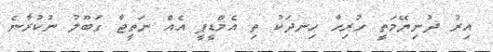
އިރު ދުނިޔޭމަތީ ހުރިހާ ހިނދަކު ތި އެމްޑީޕީ އެއް ނަތީޖާ ގަބޫލު ނުކުރާނެ